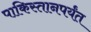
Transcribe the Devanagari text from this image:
पाकिस्तानपर्यंत